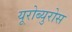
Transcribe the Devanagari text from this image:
यूरोब्युरोस